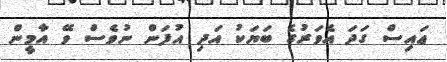
ޢަައިސް ގަދަ އެވަރުގެ ބަޔަކު އަދި އުފަން ނުވެސް ވޭ އާމީން